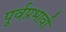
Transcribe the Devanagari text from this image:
पूर्वप्रभावी